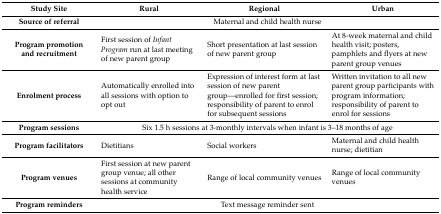
<table><thead><tr><td><b>Study Site</b></td><td><b>Rural</b></td><td><b>Regional</b></td><td><b>Urban</b></td></tr></thead><tbody><tr><td><b>Source of referral</b></td><td colspan="3">Maternal and child health nurse</td></tr><tr><td><b>Program promotion and recruitment</b></td><td>First session of <i>Infant Program</i> run at last meeting of new parent group</td><td>Short presentation at last session of new parent group</td><td>At 8-week maternal and child health visit; posters, pamphlets and flyers at new parent group venues</td></tr><tr><td><b>Enrolment process</b></td><td>Automatically enrolled into all sessions with option to opt out</td><td>Expression of interest form at last session of new parent group—enrolled for first session; responsibility of parent to enrol for subsequent sessions </td><td>Written invitation to all new parent group participants with program information; responsibility of parent to enrol for sessions</td></tr><tr><td><b>Program sessions</b></td><td colspan="3">Six 1.5 h sessions at 3-monthly intervals when infant is 3–18 months of age</td></tr><tr><td><b>Program facilitators</b></td><td>Dietitians</td><td>Social workers</td><td>Maternal and child health nurse; dietitian</td></tr><tr><td><b>Program venues</b></td><td>First session at new parent group venue; all other sessions at community health service</td><td>Range of local community venues</td><td>Range of local community venues</td></tr><tr><td><b>Program reminders</b></td><td colspan="3">Text message reminder sent</td></tr></tbody></table>